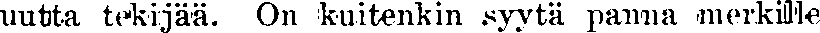
uutta tekijää. On kuitenkin syytä panna merkillle